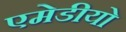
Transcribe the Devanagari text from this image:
एमेडीयो